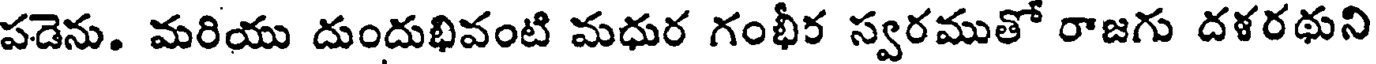
పడెను. మరియు దుందుభివంటి మధుర గంభీర స్వరముతో రాజగు దళరథుని